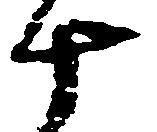
十